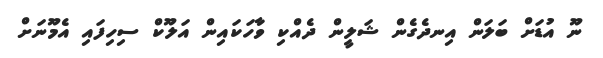
ނޫ އުޑަށް ބަލަން އިނދެގެން ޝަލީން ދެއްކި ވާހަކައިން އަލޫކް ސިހިފައި އެމޫނަށް